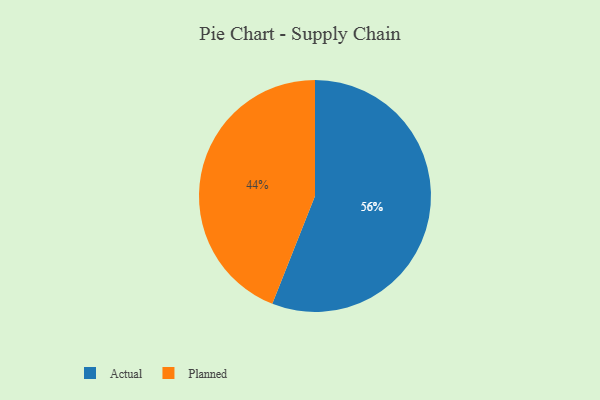
{"axis": {"x": "Category", "y": "Percentage"}, "legend": ["Actual", "Planned"], "data": [{"x": "Actual", "y": 56, "type": "Actual"}, {"x": "Planned", "y": 44, "type": "Planned"}]}